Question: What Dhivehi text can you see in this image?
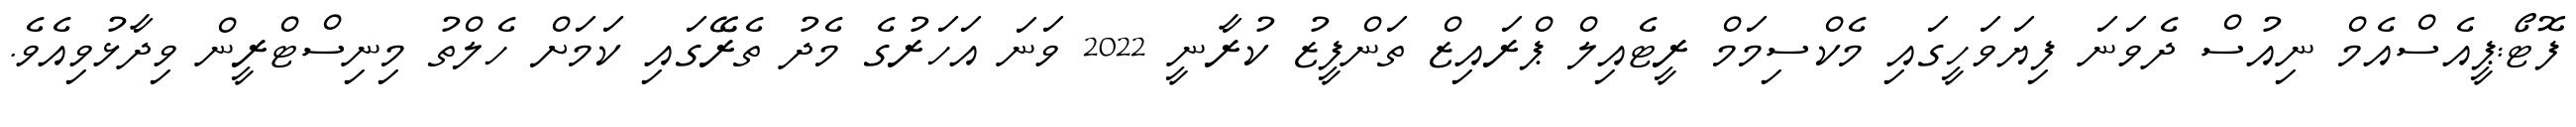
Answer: ފޮޓޯ:ޕީއެސްއެމް ނިއުސް ދެވަނަ ފިޔަވަހީގައި މެކްސިމަމް ރީޓެއިލް ޕްރައިޒް ތަންފީޒު ކުރާނީ 2022 ވަނަ އަހަރުގެ މެދު ތެރޭގައި ކަމަށް ހެލްތު މިނިސްޓްރީން ވިދާޅުވިއެވެ.